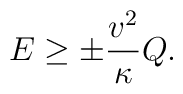
E \ge \pm \frac{v^2}{\kappa} Q.